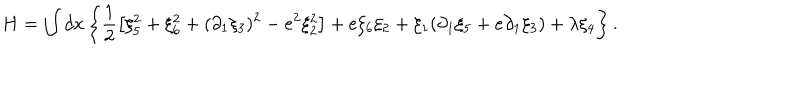
H = \int d x \left\{ \frac { 1 } { 2 } \left[ \xi _ { 5 } ^ { 2 } + \xi _ { 6 } ^ { 2 } + ( \partial _ { 1 } \xi _ { 3 } ) ^ { 2 } - e ^ { 2 } \xi _ { 2 } ^ { 2 } \right] + e \xi _ { 6 } \xi _ { 2 } + \xi _ { 1 } ( \partial _ { 1 } \xi _ { 5 } + e \partial _ { 1 } \xi _ { 3 } ) + \lambda \xi _ { 4 } \right\} .